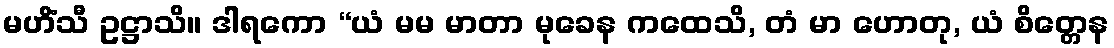
မဟိံသီ ဥဋ္ဌာသိ။ ဒါရကော “ယံ မမ မာတာ မုခေန ကထေသိ, တံ မာ ဟောတု, ယံ စိတ္တေန